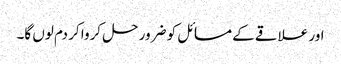
اور علاقے کے مسائل کو ضرور حل کروا کر دم لوں گا۔